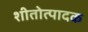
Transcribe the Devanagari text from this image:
शीतोत्पादक